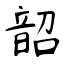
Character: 韶